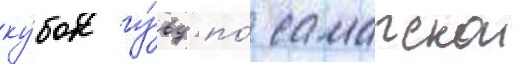
ку́бок гу́вд по́ самарскои